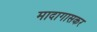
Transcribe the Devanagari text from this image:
मादागासकर